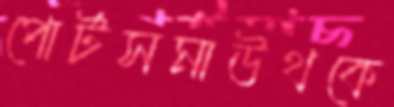
পোর্টসমাউথকে